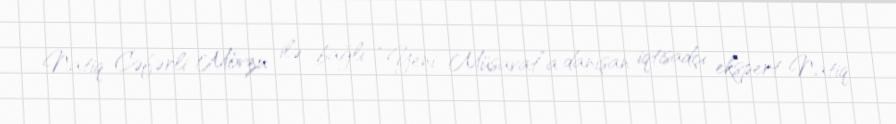
Natiq Cəfərli Mövzu ilə bağlı “Yeni Müsavat”a danışan iqtisadçı ekspert Natiq